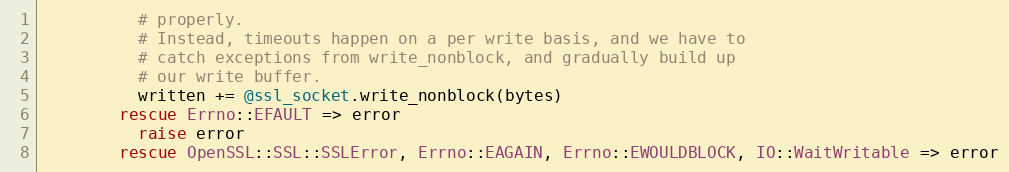
Language: Ruby
          # properly.
          # Instead, timeouts happen on a per write basis, and we have to
          # catch exceptions from write_nonblock, and gradually build up
          # our write buffer.
          written += @ssl_socket.write_nonblock(bytes)
        rescue Errno::EFAULT => error
          raise error
        rescue OpenSSL::SSL::SSLError, Errno::EAGAIN, Errno::EWOULDBLOCK, IO::WaitWritable => error